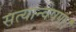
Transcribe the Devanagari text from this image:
सत्यान्वेषण।